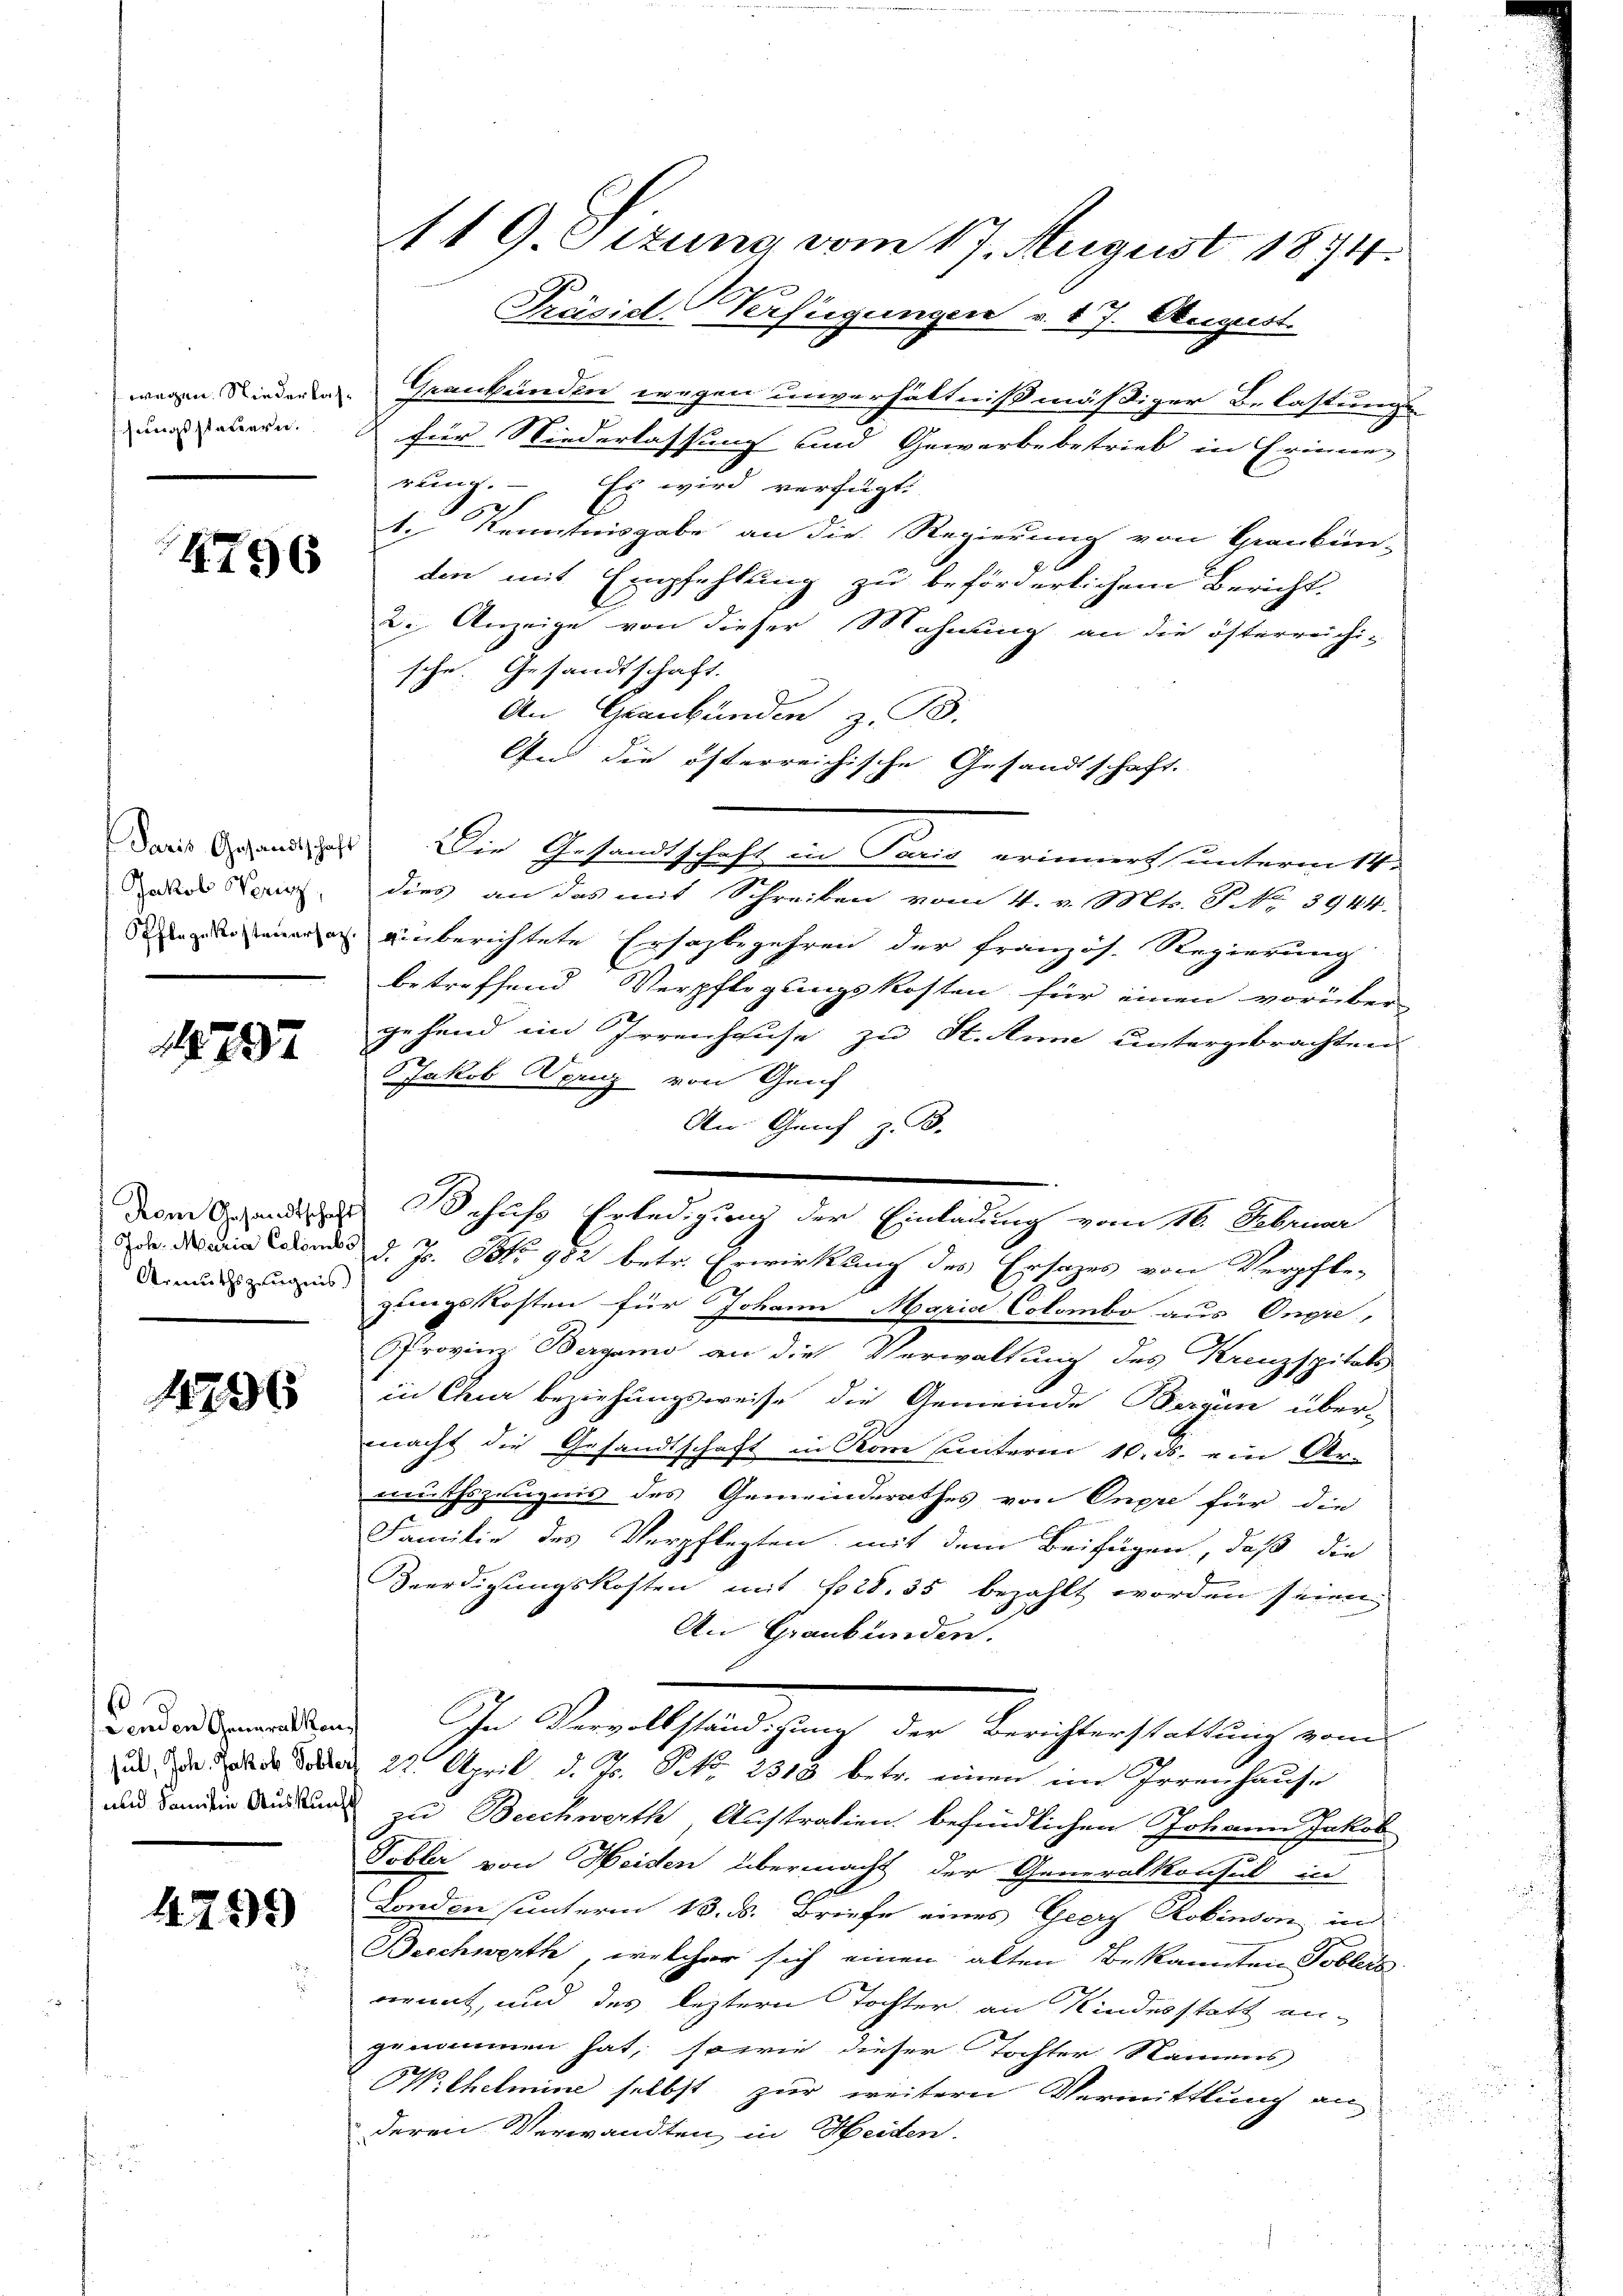
wegen. Nieder Kassungssteuern.

4796

Jakob Noricz

1237

1296

f
und Sandlein Auskunf

4299

Graubünden wegen unverhältnißmäßiger Belastung
 für Niederlassung und Gewerbebetrieb in Erinne-
rung. Es wird verfügt:
1. Kenntnisgabe an die Regierung von Graubün-
den mit Empfehlung zu beförderlichem Bericht.
2. Anzeige von dieser Mahnung an die österreichi-
sche. Gesandtschaft.
An Graubünden z. B.
An die österreichische Gesandtschaft.
Das Gesandtschaft) Die Gesandtschaft in Sarg erinnert untermitt
dies an das mit Schreiben vom 4. v. Mts. S. Nr. 3944.
 inberichtete Ersagbegehren der französ. Regierung
betreffend Verpflegungskosten für einen vorüber
gehend im Irrenhause zu St. Anne untergebrachten
Jakob Dernz von Genf
An Graf z. B.
diom den Schuss Erledigung der Einladung vom 16. Februar
da die in diens d. Js. No 982 betr. Erwirkung des Ersatzes von Verpfle-
Grund zu gungskosten für Johann Maria Colombo aus Ongie,
Provinz Bergamo an die Verwaltung des Krenzspitals
in Chur beziehungsweise die Gemeinde Bergün über-
macht die Gesandtschaft in Rom unterm 10. ds. ein Ar-
mutszeugnis des Gemeinderathes von Onpre für die
Familie des Verpflegten mit dem Beifügen, daß die
Beerdigungskosten mit 28. 35 bezahlt worden seien
An Graubünden.
werden werden. In Bewillständigung der Berichterstattung vom
ud da de den 22. April d. Js. No. 2319 betr. einen im Irrenhause
zu Beschwerth Austratien befindlichen Johann Jakob
Tobler von Heiden übermacht der Generalkonsul in
London sunterm 13. ds. Briefe eines Geery Rokimon in
Beschwerth, welcher sich einen alten Bekannten Toblers
ernnt, und des leztern Tochter an Kindesstatt an-
genommen hat, sowie dieser Tochter Namens
OWilhelmine selbst zur weitern Vermittlung an
deren Verwandten, in Heiden.

119. Sizung vom 17. August 1874.
Präsid. Verfügungen v. 17. August.